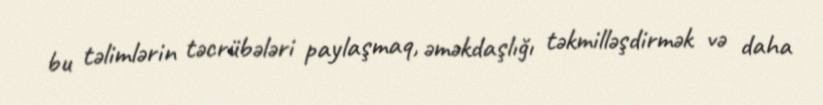
bu təlimlərin təcrübələri paylaşmaq, əməkdaşlığı təkmilləşdirmək və daha